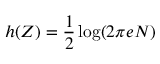
h ( Z ) = { \frac { 1 } { 2 } } \log ( 2 \pi e N ) \,